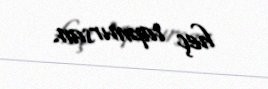
heç tapmırsan.